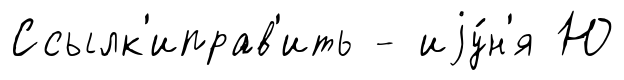
Ссылк'иправ'ить - иjу́н'я Ю